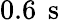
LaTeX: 0.6\, \mathrm{~s~}